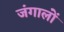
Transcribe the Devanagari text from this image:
जंगालों